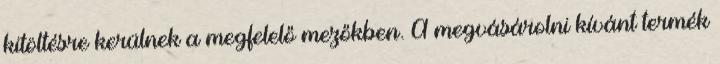
kitöltésre kerülnek a megfelelő mezőkben. A megvásárolni kívánt termék